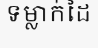
ទម្លាក់ដៃ